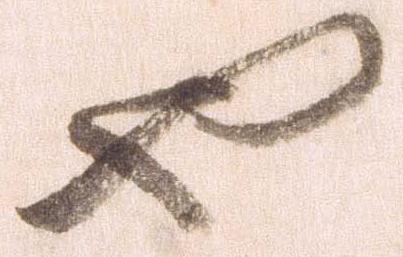
也